Memorandum on the prevention of leprosy by segregation of the affected
Disease focus: Leprosy
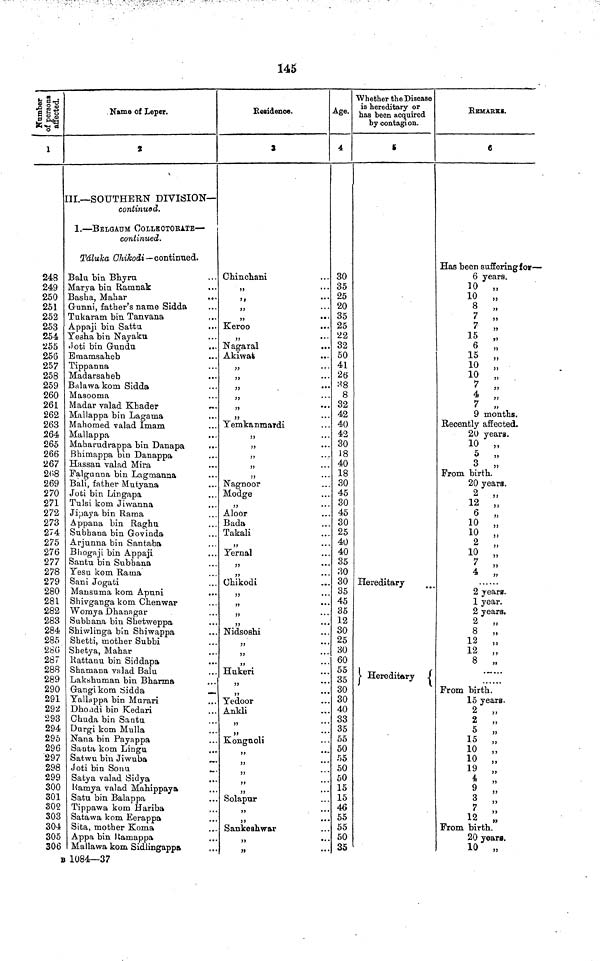
145
Number of persons affected.
1
I
248
249
250
251
252
253
254
255
256
257
258
259
260
261
262
263
264
265
266
267
268
269
270
271
272
273
274
275
276
277
278
279
280
281
282
283
284
285
286
287
288
289
290
291
292
293
294
295
296
297
298
299
300
301
302
303
304
305
306
Name of Leper.
S
III.—SOUTHERN DIVISION—
continued.
1.—BELGAUM COLLECTORATE—
continued.
Táluka Chikodi —continued.
Balu bin Bkyru
Marya bin Ramnak
Basha, Mahar
Gunni, father's name Sidda
Tukaram bin Tan vana
Appaji bin Sattu
•••
Yesha bin Nayaku
Joti bin Gundu
Emamsaheb
Tippanna
Madarsaheb
Balawa kom Sidda
Masooma
Madar valad Khader
Mallappa bin Lagama
Mahomed valad Imam
Mallappa
Maharudrappa bin Danapa
Bhimappa bin Danappa
Hassan valad Mira
Falgunna bin Lagmanna
Bali, father Mutyana
Joti bin Lingapa
Tulsi kom Jiwanna
Jipaya bin Rama
Appana bin Raghu
Subhana bin Govinda
Arjunna bin Santaba
Bhogaji bin Appaji
Santu bin Subhana
Yesu kom Rama
Sani Jogati
Mansuma kom Apuni
..
Shivganga kom Chenwar
Womya Dhanagar
Subbana bin Shetweppa
Shiwlinga bin Shiwappa
Shetti, mother Subbi
Shetya, Mahar
Rattanu bin Siddapa
.
Shamana valad Balu
Lakshuman bin Bharma
Gangi kom Sidda
Yallappa bin Murari
Dhondi bin Kedari
Chuda bin Santa
Durgi kom Mulla
Nana bin Payappa
Santa kom Lingu
Satwu bin Jiwuba
Joti bin Sonu
Satya valad Sidya
Ramya valad Mahippaya
Satu bin Balappa
Tippawa kom Hariba
Satawa kom Eerappa
Sita, mother Koma
Appa bin Ramappa
Mallawa kom Sidlingappa
B 1084—37
Residence.
3
Chinchani
„
„
„
„
Keroo
Nagaral
Akiwat
„
55
„
„
Yemkanmardi
>>
„
„
Nagnoor
Modge
„
Aloor
Bada
Takali
„
Yernal
55
„
Chikodi
„
„
55
„
Nidsoshi
„
„
„
Hukeri
Yedoor
Ankli
„
„
Kongnoli
„
„
„
„
„
Solapur
55
„
Sankeshwar
„
5»
Age.
4
30
35
25
20
35
25
32
32
50
41
26
38
8
32
42
40
42
30
16
40
18
¿0
45
30
45
30
25
40
40
35
30
30
35
45
35
12
30
25
30
60
55
35
30
30
40
33
35
55
5C
55
50
50
15
15
46
55
55
50
35
Whether the Disease
is hereditary or
has been acquired
by contagion.
5
Hereditary
Hereditary
REMARKS.
6
Has been suffering for—
6 years.
10 ,,
10 ,,
6 ,,
7
,,
7
„
15
„
6 ,,
15
„
10 ,,
7 ,,
4 ,,
7
"
9 months.
Recently affected.
20 years.
10
5
From birth..
20 years
2 ,,
12 ,,
6 ,,
10 „
10 ,,
2 ,,
10 „
7 ,,
4
„
2 year».
1 year.
2 years»
o
2 ,,
2 ,,
12,,
12
,,
From birth.
15 years.
2
„
2
„
5 ,,
15 „
10 ,,
10 ,,
4 ,,
9 ,,
12 ,,
12 „
From birth,.
20 years.
10 „